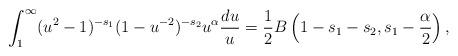
LaTeX: \begin{align*} \int_1^\infty (u^2-1)^{-s_1}(1-u^{-2})^{-s_2} u^{\alpha} \frac{du}{u} = \frac{1}{2} B\left(1-s_1-s_2,s_1-\frac{\alpha }{2}\right),\end{align*}